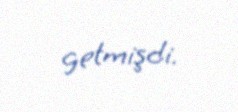
getmişdi.